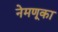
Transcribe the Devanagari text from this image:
नेमणूका